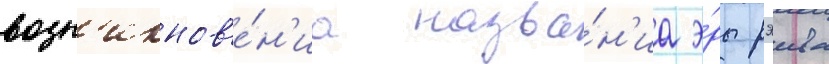
возн'икнов'е́н'иа назва́н'иа э́ры рэива